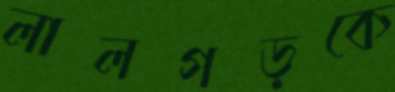
লালগড়কে